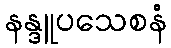
နန္ဒူပသေစနံ